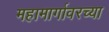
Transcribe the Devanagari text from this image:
महामार्गावरच्या